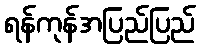
ရန်ကုန်အပြည်ပြည်